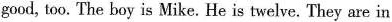
good, too. The boy is Mike. He is twelve. They are in